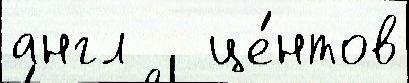
англ   це́нтов